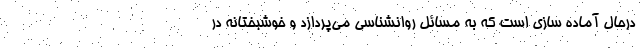
درحال آماده سازی است که به مسائل روانشناسی می‌پردازد و خوشبختانه در